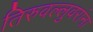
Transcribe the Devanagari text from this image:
तिरुवल्लुवरांना